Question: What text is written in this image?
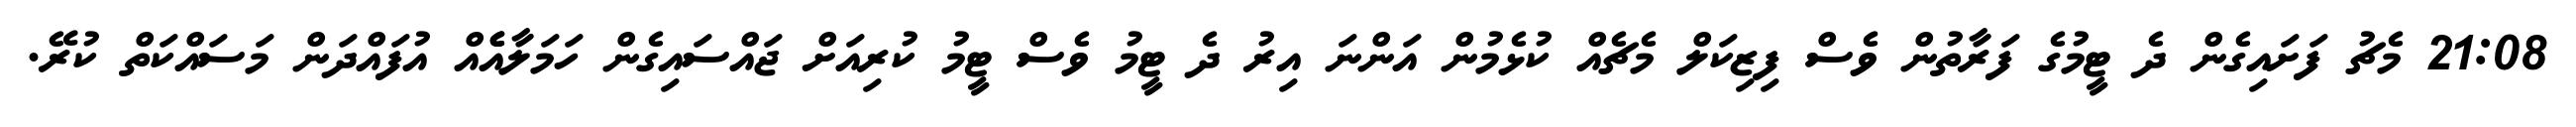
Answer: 21:08 މެޗު ފަށައިގެން ދެ ޓީމުގެ ފަރާތުން ވެސް ފިޒިކަލް މެޗެއް ކުޅެމުން އަންނަ އިރު ދެ ޓީމު ވެސް ޓީމު ކުރިއަށް ޖައްސައިގެން ހަމަލާއެެއް އުފައްދަން މަސައްކަތް ކުރޭ.